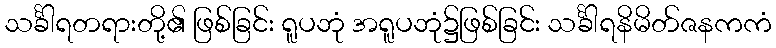
သင်္ခါရတရားတို့၏ ဖြစ်ခြင်း ရူပဘုံ အရူပဘုံ၌ဖြစ်ခြင်း သင်္ခါရနိမိတ်ဇနကကံ